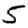
Digit: 5